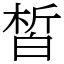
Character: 皙